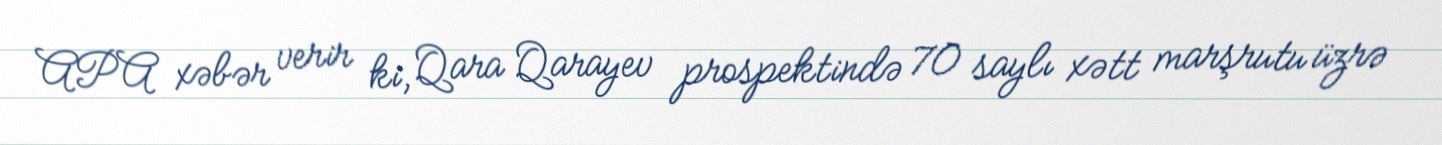
APA xəbər verir ki, Qara Qarayev prospektində 70 saylı xətt marşrutu üzrə